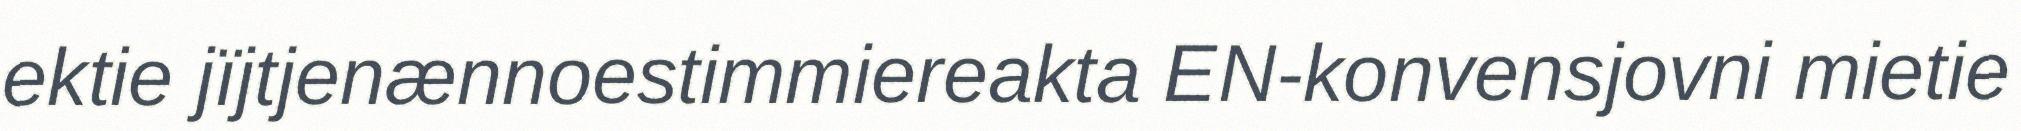
ektie jïjtjenænnoestimmiereakta EN-konvensjovni mietie